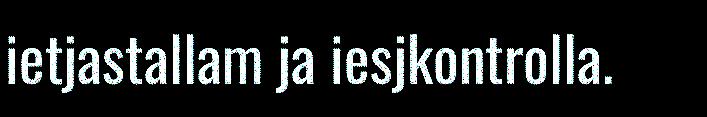
ietjastallam ja iesjkontrolla.